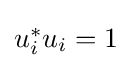
{\textstyle u_{i}^{*}u_{i}=1}